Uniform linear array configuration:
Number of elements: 8
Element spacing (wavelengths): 0.25
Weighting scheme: uniform
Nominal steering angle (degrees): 30
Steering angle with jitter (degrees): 29.866
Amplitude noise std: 0.05
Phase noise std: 0.05

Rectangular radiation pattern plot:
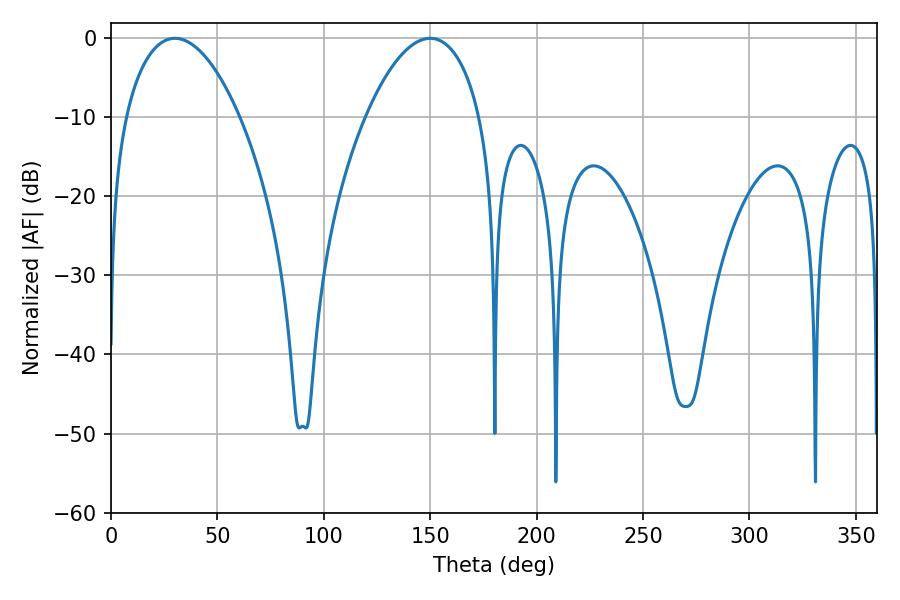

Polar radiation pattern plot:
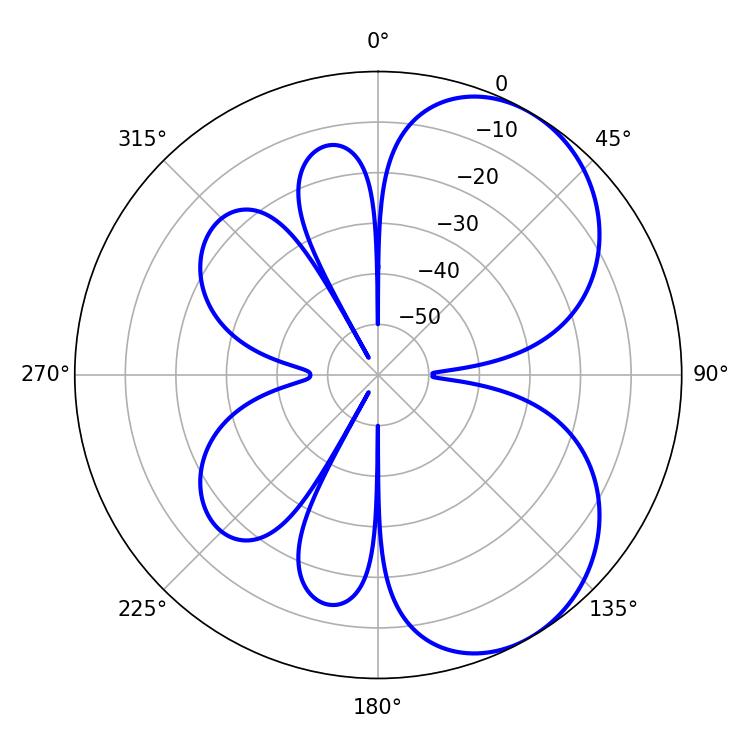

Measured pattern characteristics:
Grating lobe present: FALSE
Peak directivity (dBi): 5.533
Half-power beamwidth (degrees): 30.06
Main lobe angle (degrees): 30.06